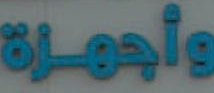
وأجهزة